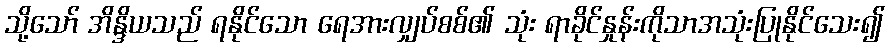
သို့သော် အိန္ဒိယသည် ရနိုင်သော ရေအားလျှပ်စစ်၏ သုံး ရာခိုင်နှုန်းကိုသာအသုံးပြုနိုင်သေး၍